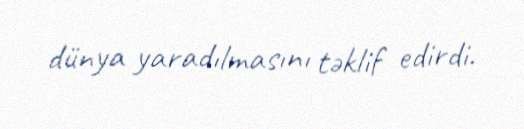
dünya yaradılmasını təklif edirdi.